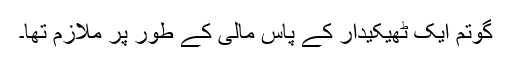
گوتم ایک ٹھیکیدار کے پاس مالی کے طور پر ملازم تھا۔